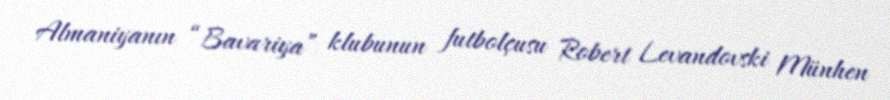
Almaniyanın “Bavariya” klubunun futbolçusu Robert Levandovski Münhen